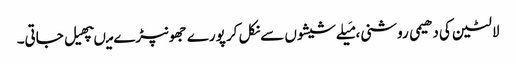
لالٹین کی دھیمی روشنی، مَیلےشیشوں سےنکل کر پورے جھونپڑے میںپھیل جاتی۔